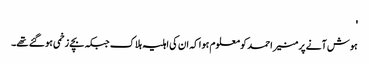
'
ہوش آنے پر منیر احمد کو معلوم ہوا کہ ان کی اہلیہ ہلاک جبکہ بچے زخمی ہو گئے تھے۔